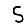
Digit: 5